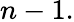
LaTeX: n-1.